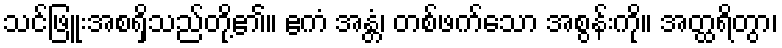
သင်ဖြူးအစရှိသည်တို့၏။ ဧကံ အန္တံ၊ တစ်ဖက်သော အစွန်းကို။ အတ္ထရိတွာ၊